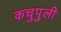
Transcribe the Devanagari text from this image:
कचुपुली